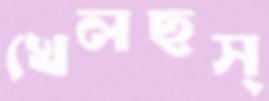
খেলছস্